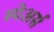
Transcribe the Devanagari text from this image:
स्पेअर्स